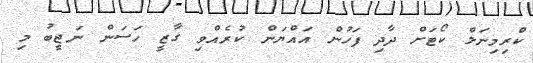
ކްރިމިނަލް ކޯޓަށް ދާދި ފަހުން އައްޔަން ކުރެއްވި ގާޒީ ހަސަން ނަޖީބު މި